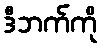
ဒီဘက်ကို